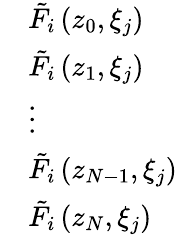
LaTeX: \begin{array}{rl}&{{{{\tilde{F}}}_{i}}\left({{z}_{0}},{{\xi}_{j}}\right)}\\ &{{{{\tilde{F}}}_{i}}\left({{z}_{1}},{{\xi}_{j}}\right)}\\ &{\vdots}\\ &{{{{\tilde{F}}}_{i}}\left({{z}_{N-1}},{{\xi}_{j}}\right)}\\ &{{{{\tilde{F}}}_{i}}\left({{z}_{N}},{{\xi}_{j}}\right)}\end{array}